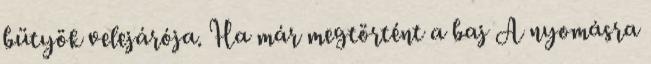
bütyök velejárója. Ha már megtörtént a baj A nyomásra